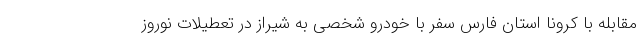
مقابله با کرونا استان فارس سفر با خودرو شخصی به شیراز در تعطیلات نوروز